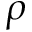
\rho